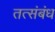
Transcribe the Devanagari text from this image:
तत्संबंध